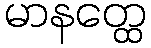
မာနတ္ထေ